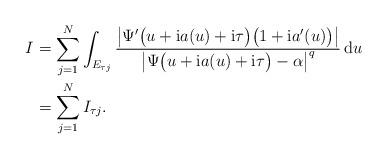
LaTeX: \begin{align*} I &= \sum_{j=1}^{N} \int_{E_{\tau j}} \frac{\big\lvert\Psi'\big(u+\mathrm{i}a(u)+\mathrm{i}\tau\big) \big(1+\mathrm{i}a'(u)\big)\big\rvert} {\big\lvert\Psi\big(u+\mathrm{i}a(u)+\mathrm{i}\tau\big) - \alpha\big\rvert^q} \,\mathrm{d}u \\ &= \sum_{j=1}^{N} I_{\tau j}. \end{align*}